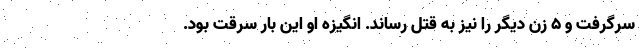
سرگرفت و ۵ زن دیگر را نیز به قتل رساند. انگیزه او این بار سرقت بود.